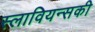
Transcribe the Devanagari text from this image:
स्लावियन्सकी